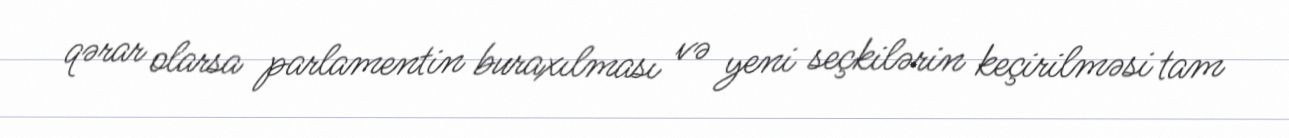
qərar olarsa parlamentin buraxılması və yeni seçkilərin keçirilməsi tam